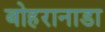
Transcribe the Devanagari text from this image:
बोहरानाडा